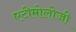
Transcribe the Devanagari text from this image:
एटीमोलोजी